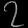
Digit: ၇